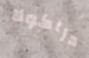
دراكولا